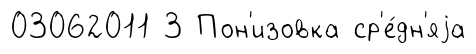
03062011 3 Пон'изовка ср'е́дн'яjа